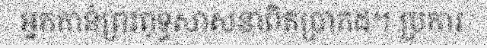
អ្នកកាន់ព្រះពុទ្ធសាសនាពិតប្រាកដ។ ប្រការ